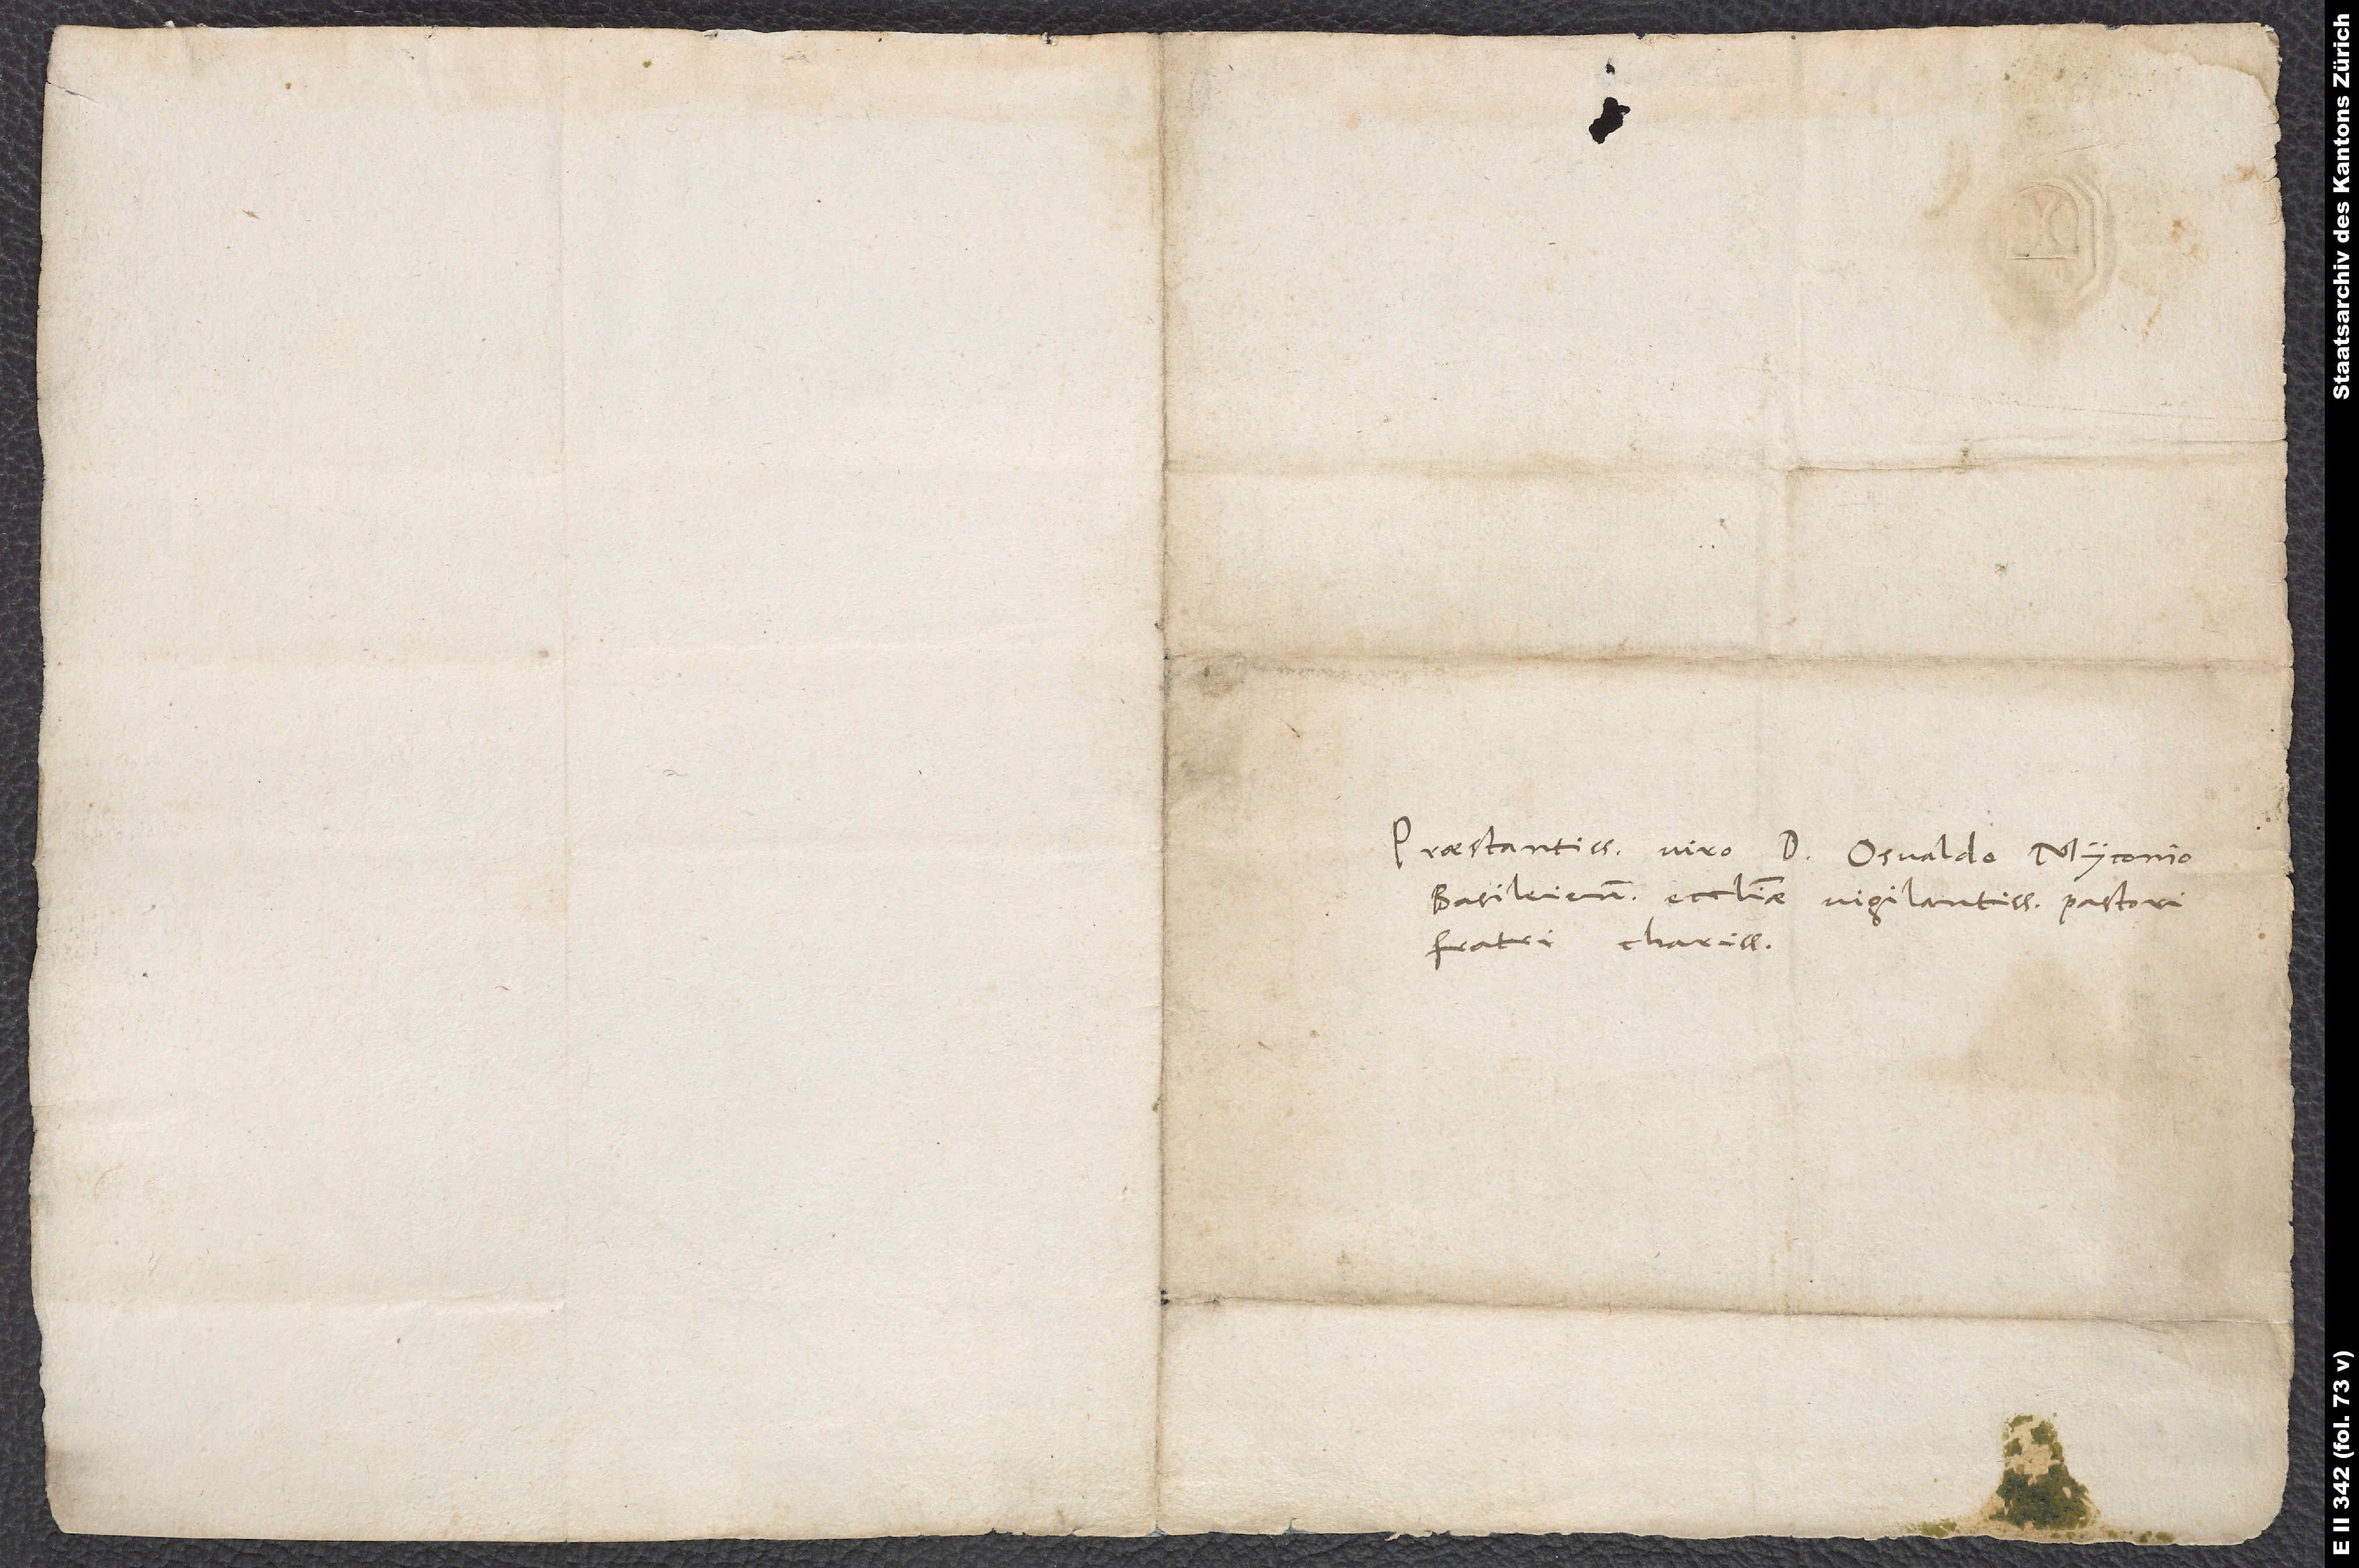
Praestantissimo viro d. Osvaldo Myconio,
Basileiensis ecclesiae vigilantissimo pastori,
fratri charissimo.